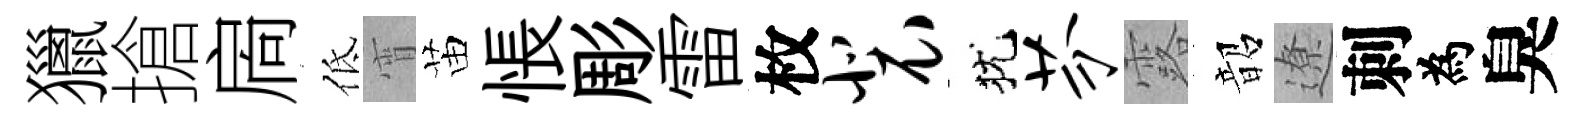
獵搶扄低宵苗悵彫雷枚裴犹芬露韶遼刺為臭